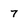
Character: 7